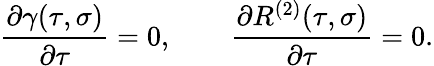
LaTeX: {\frac{\partial\gamma(\tau,\sigma)}{\partial\tau}}=0,\qquad{\frac{\partial R^{(2)}(\tau,\sigma)}{\partial\tau}}=0{.}